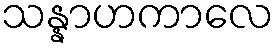
သန္နာဟကာလေ